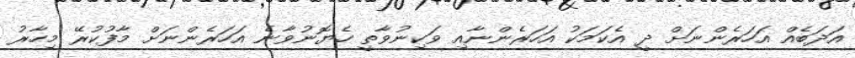
އަދަބެއް އަހަރެންނަށް ދީ އެކަމަކު އަހަރެންނާއި ވަކިނުވާތީ ހެޔޮނުވާނެ އަހަރެންނަށް މާފުކުރޭ މިހާރު